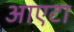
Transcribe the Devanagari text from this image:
आएटा